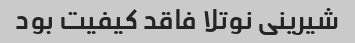
شیرینی نوتلا فاقد کیفیت بود